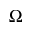
\Omega